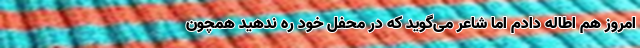
امروز هم اطاله دادم اما شاعر می‌گوید که در محفل خود ره ندهید همچون